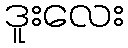
ဒူးလေး